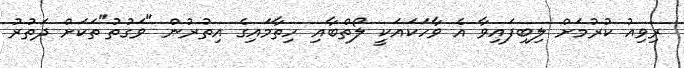
ރިވިއު ކުރުމަށް ލިބިފައިވާ އެ ވާހަކައަކީ ލޯތްބާއި ހިތާމައިގެ އިތުރުން "ވަގުތު"ތަކަށް ދަތުރު